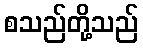
စသည်တို့သည်